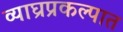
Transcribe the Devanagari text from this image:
व्याघ्रप्रकल्पात